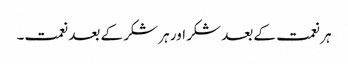
ہر نعمت کے بعد شکر اور ہر شکر کے بعد نعمت۔